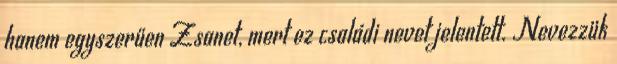
hanem egyszerűen Zsanet, mert ez családi nevet jelentett. Nevezzük